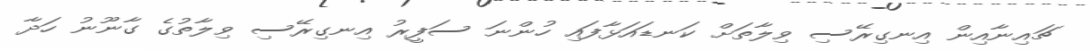
ޗައިނާއިން އިނގިރޭސި ވިލާތަށް ކަނޑައަޅާފައި ހުންނަ ސަފީރު އިނގިރޭސި ވިލާތުގެ ގާނޫނު ހަދާ